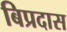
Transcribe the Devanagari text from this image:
बिप्रदास